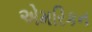
એમરિકન